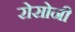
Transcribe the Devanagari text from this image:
रोसोनी